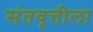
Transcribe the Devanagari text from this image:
संतवृत्तीला